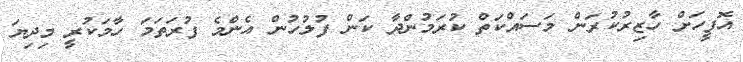
އޮފީހަށް ހާޒިރުކުރަން މަސައްކަތް ކުރަމުންދާ ކަން ފުލުހުން އެންމެ ފުރަތަމަ ހާމަކުރީ މިދިޔަ